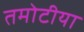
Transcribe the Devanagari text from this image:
तमोटीया